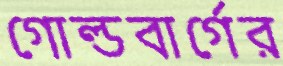
গোল্ডবার্গের